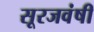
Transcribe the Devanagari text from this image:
सूरजवंषी